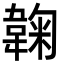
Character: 䪕